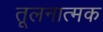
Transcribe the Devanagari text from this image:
तूलनात्मक